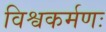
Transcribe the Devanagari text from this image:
विश्वकर्मणः